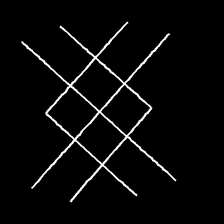
Glyph: crystal